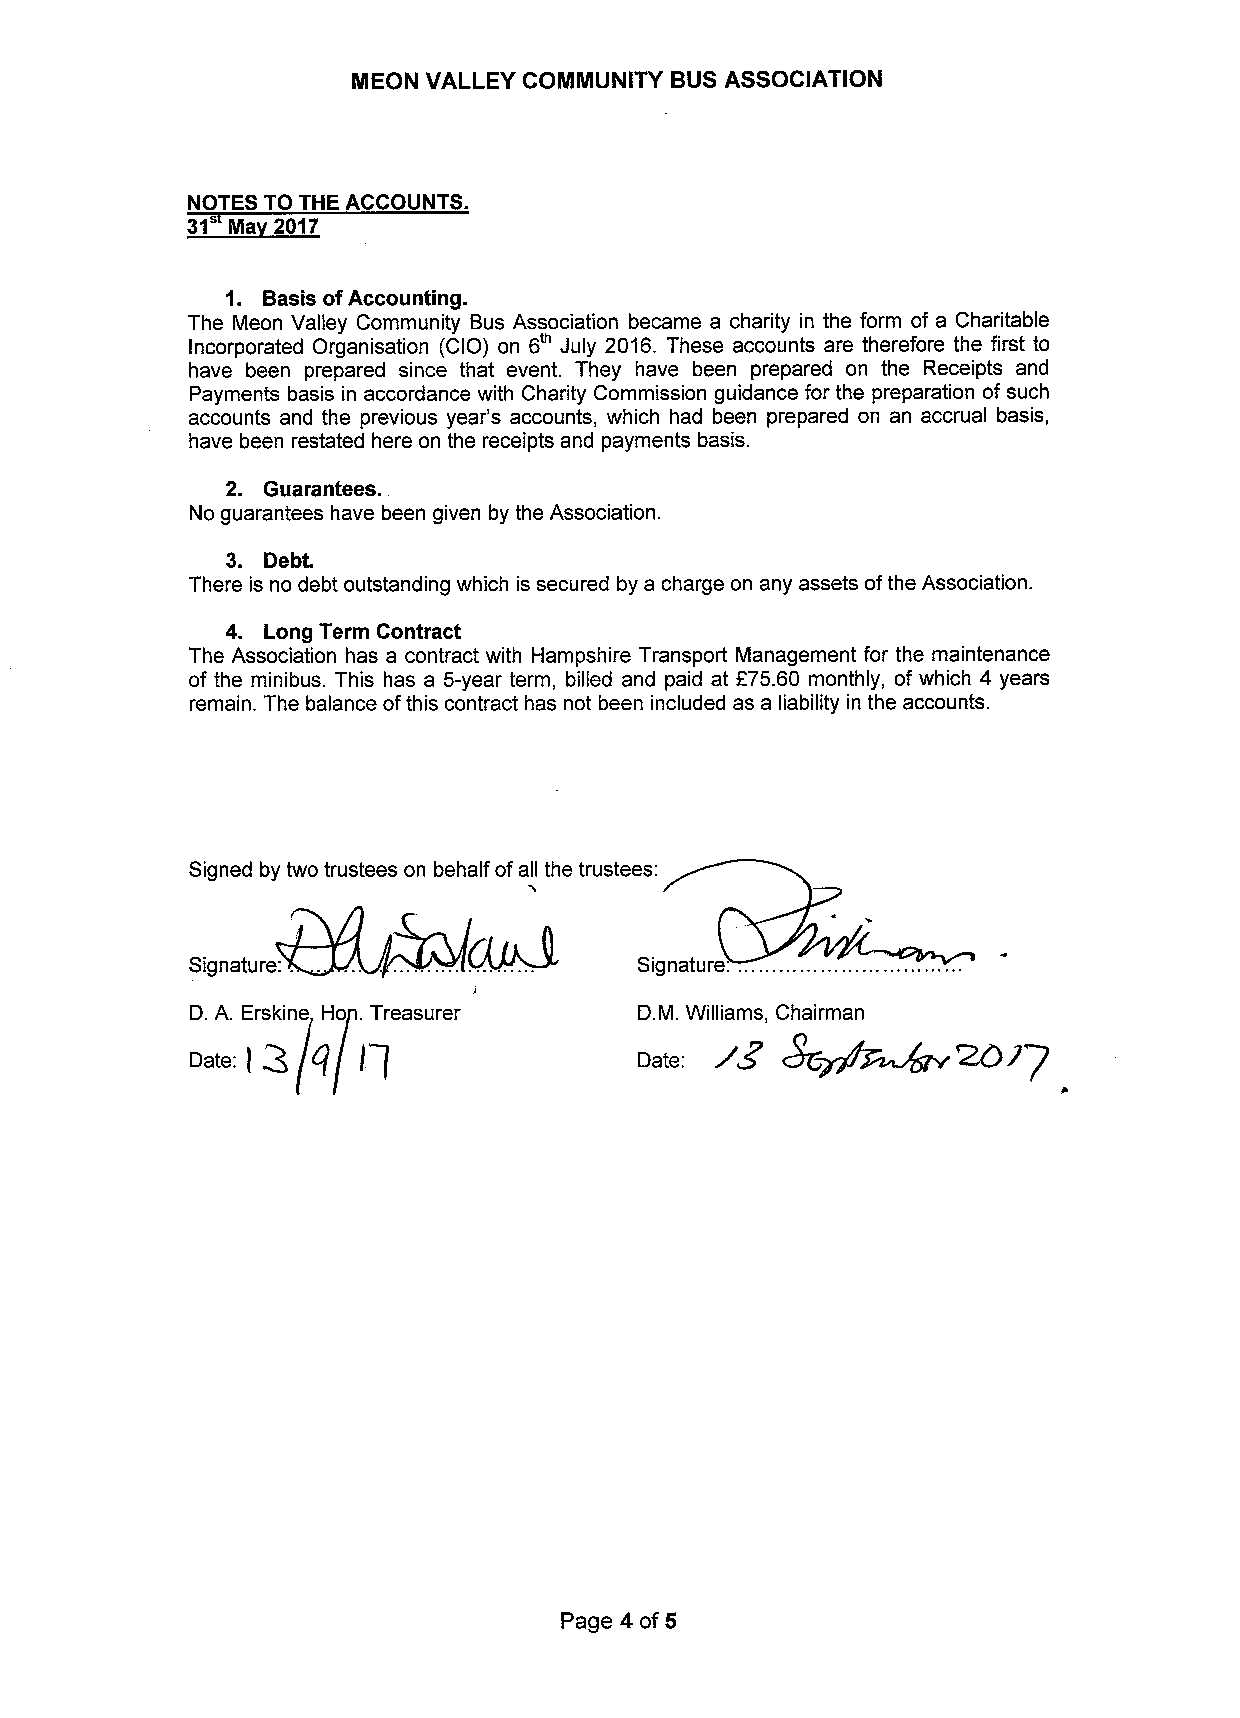
MEON VALLEY COMMUNITY BUS ASSOCIATION
 NOTES TO THE ACCOUNTS.
 1. Basis ofAccounting.
 The Meon Valley Community Bus Association became a charity in the form of a Charitable
 Incorporated Organisation (CIO) on 6 July 2016. These accounts are therefore the first to
 have been prepared since that event. They have been prepared on the Receipts and
 Payments basis in accordance with Charity Commission guidance for the preparation of such
 accounts and the previous year's accounts, which had been prepared on an accrual basis,
 have been restated here on the receipts and payments basis.
 2. Guarantees.
 .
 No guarantees have been given by the Association.
 3. Debt.
 There is no debt outstanding which is secured by a charge on any assets ofthe Association.
 4. Long Term Contract
 The Association has a contract with Hampshire Transport Management for the maintenance
 of the minibus. This has a 5-year term, billed and paid at f75.60 monthly, of which 4 years
 remain. The balance ofthis contract has not been included as a liability in the accounts.
 Signed by two trustees on behalf ofall the trustees:
 Signature: .                 Signature. .
 D.A. Erskine Ho .Treasurer   D.M. Williams, Chairman
 Date: Q                      Date:
 I
 Page 4 of 5